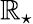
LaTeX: \mathbb{R}_{\star}